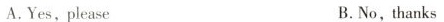
A.Yes,please B.No,thanks